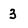
Character: 3